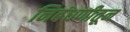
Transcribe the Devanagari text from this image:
निबंधणीतून